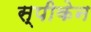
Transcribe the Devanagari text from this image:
स्पीकेन